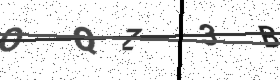
Text: OQZ3B